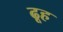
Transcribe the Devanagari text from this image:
ढूह